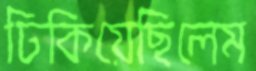
ঢিকিয়েছিলেম